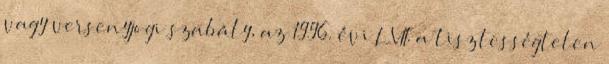
vagy versenyjogi szabály, az 1996. évi LVII. a tisztességtelen